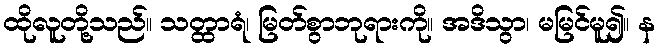
ထိုလူတို့သည်။ သတ္ထာရံ၊ မြတ်စွာဘုရားကို။ အဒိသွာ၊ မမြင်မူ၍။ န